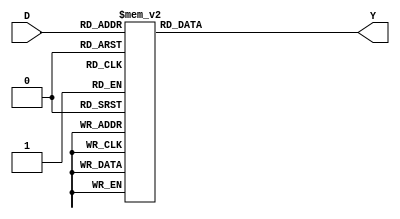
module demux_4to16(
    input [3:0] D,
    output reg [15:0] Y
);

always @(*)
begin
    case(D)
        4'h0: Y = 16'b0000_0000_0000_0001;
        4'h1: Y = 16'b0000_0000_0000_0010;
        4'h2: Y = 16'b0000_0000_0000_0100;
        4'h3: Y = 16'b0000_0000_0000_1000;
        4'h4: Y = 16'b0000_0000_0001_0000;
        4'h5: Y = 16'b0000_0000_0010_0000;
        4'h6: Y = 16'b0000_0000_0100_0000;
        4'h7: Y = 16'b0000_0000_1000_0000;
        4'h8: Y = 16'b0000_0001_0000_0000;
        4'h9: Y = 16'b0000_0010_0000_0000;
        4'ha: Y = 16'b0000_0100_0000_0000;
        4'hb: Y = 16'b0000_1000_0000_0000;
        4'hc: Y = 16'b0001_0000_0000_0000;
        4'hd: Y = 16'b0010_0000_0000_0000;
        4'he: Y = 16'b0100_0000_0000_0000;
        4'hf: Y = 16'b1000_0000_0000_0000;
        default: Y = 16'b0000_0000_0000_0000;
    endcase
end

endmodule